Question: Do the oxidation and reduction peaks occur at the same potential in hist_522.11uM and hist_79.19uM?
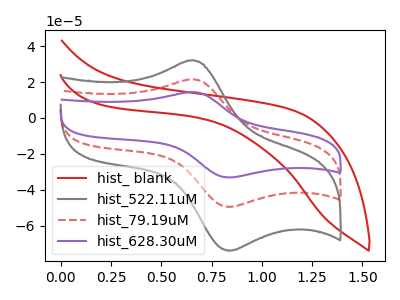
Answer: <think>The red curve "hist_ blank" has no peaks. The gray curve "hist_522.11uM" has an anodic peak at (0.65V, 32.00uA) and a cathodic peak at (0.85V, -74.10uA). The red dashed curve "hist_79.19uM" has an anodic peak at (0.65V, 21.45uA) and a cathodic peak at (0.85V, -49.65uA). The purple curve "hist_628.30uM" has an anodic peak at (0.65V, 42.85uA) and a cathodic peak at (0.85V, -99.25uA).</think>
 <answer>Yes, "hist_522.11uM" have a peak in "hist_79.19uM" at the same potential.</answer>
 <eval>match</eval>